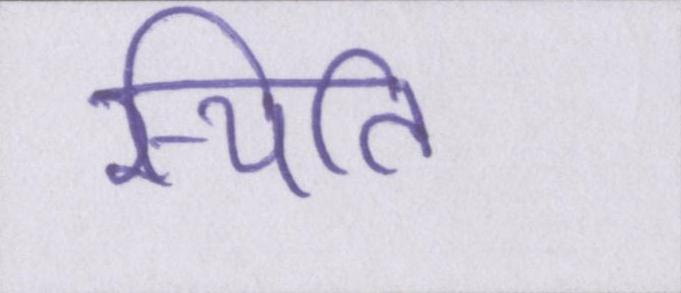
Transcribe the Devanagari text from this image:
स्थिति